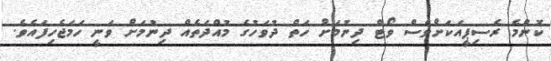
ކޮންމެ ރެސިޕީއަކަށްވެސް ވޯޓް ދިނުމަށް ހަތް ދުވަހުގެ މުއްދަތެއް ދިނުމަށް ވަނީ ހަމަޖެހިފައެވެ.